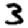
Digit: 3